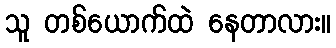
သူ တစ်ယောက်ထဲ နေတာလား။